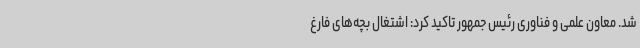
شد. معاون علمی و فناوری رئیس جمهور تاکید کرد: اشتغال بچه‌های فارغ